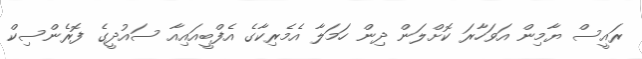
ރައީސް ޔާމިން އަވަހާރަ ކޮށްލަން ދިން ހަމަލާ އެމެރިކާގެ އެފްބީއައިއާ ސައުދީގެ ފޮރެންސިކް